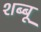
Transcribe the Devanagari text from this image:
शब्बू